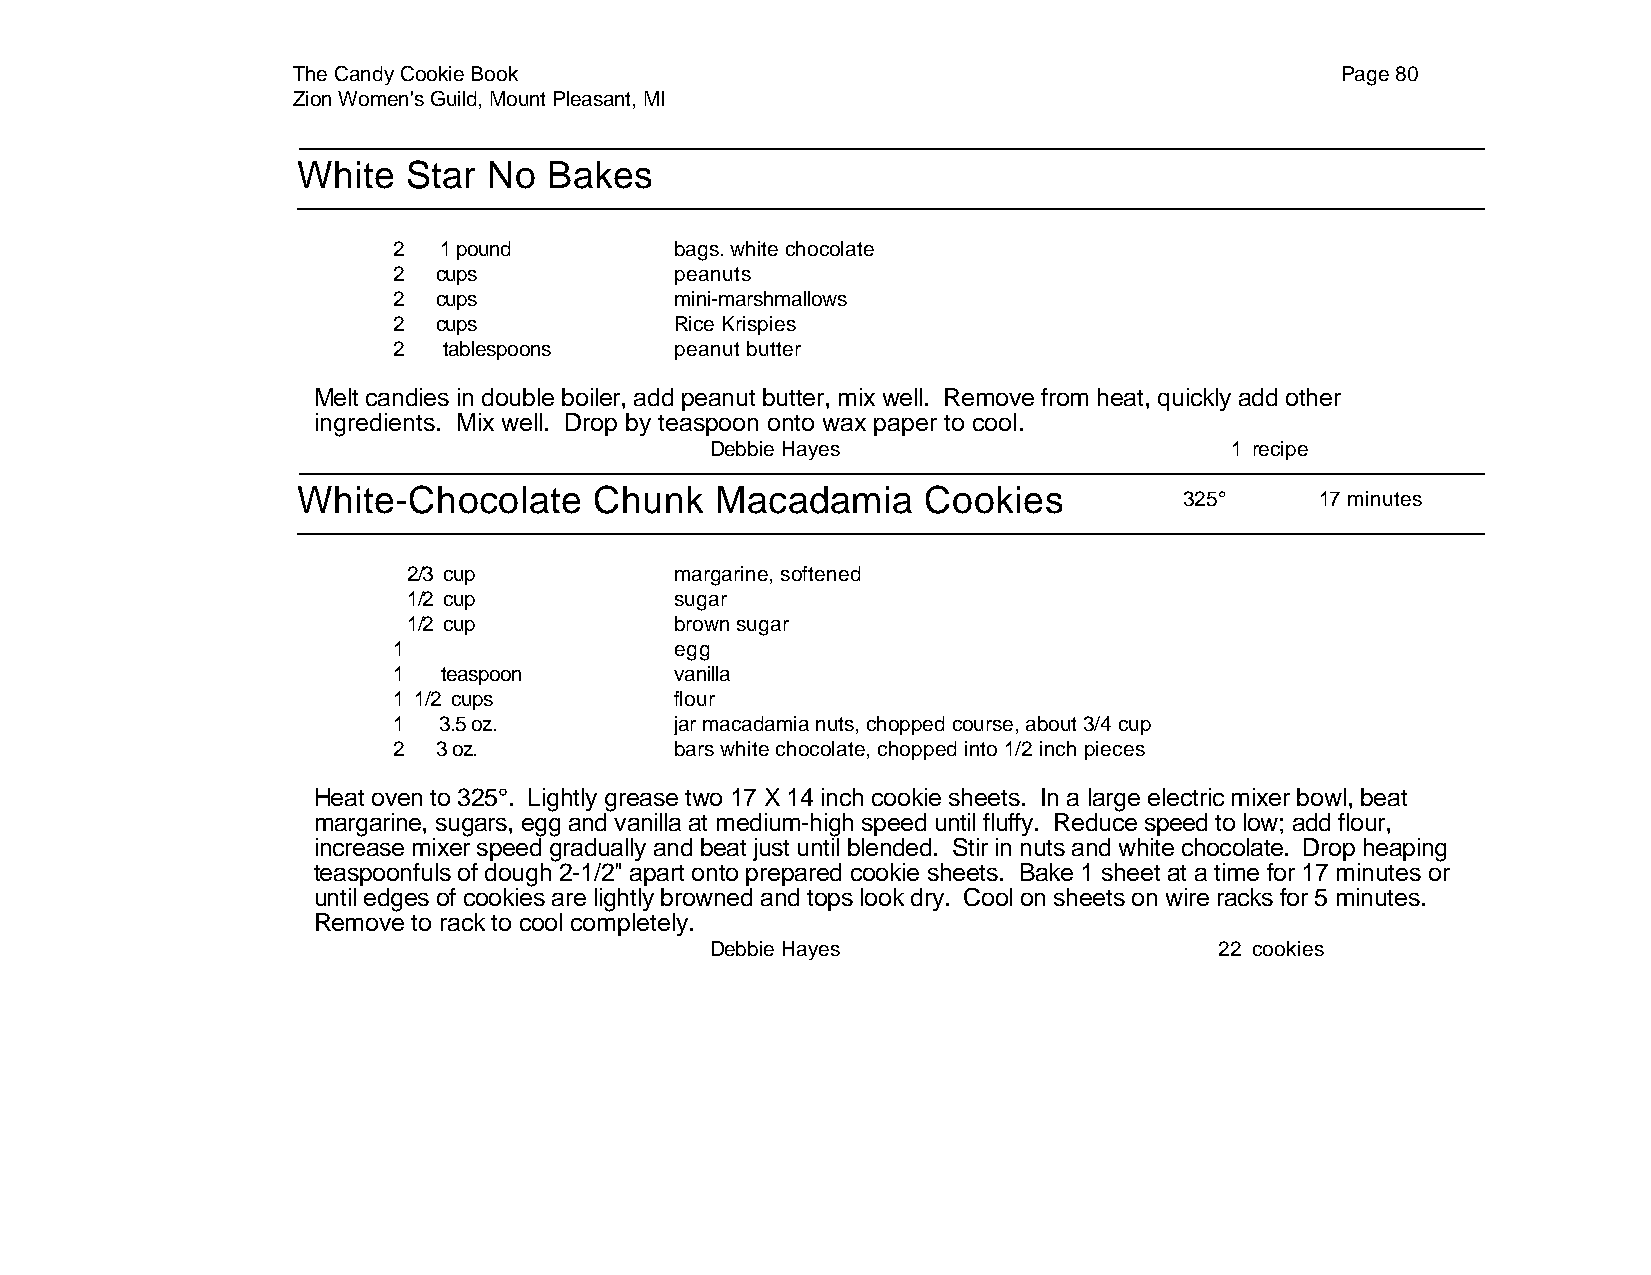
The Candy Cookie Book                                                 Page 80
 Zion Women's Guild, Mount Pleasant, MI
 White  Star No  Bakes
 2  1 pound         bags. white chocolate
 2  cups            peanuts
 2  cups            mini-marshmallows
 2  cups            Rice Krispies
 2  tablespoons     peanut butter
 Melt candies in double boiler, add peanut butter, mix well. Remove from heat, quickly add other
 ingredients. Mix well. Drop by teaspoon onto wax paper to cool.
 Debbie Hayes                      1 recipe
 White-Chocolate    Chunk   Macadamia     Cookies
 325°     17 minutes
 2/3 cup           margarine, softened
 1/2 cup           sugar
 1/2 cup           brown sugar
 1                  egg
 1  teaspoon        vanilla
 1 1/2 cups         flour
 1  3.5 oz.         jar macadamia nuts, chopped course, about 3/4 cup
 2  3 oz.           bars white chocolate, chopped into 1/2 inch pieces
 Heat oven to 325°. Lightly grease two 17 X 14 inch cookie sheets. In a large electric mixer bowl, beat
 margarine, sugars, egg and vanilla at medium-high speed until fluffy. Reduce speed to low; add flour,
 increase mixer speed gradually and beat just until blended. Stir in nuts and white chocolate. Drop heaping
 teaspoonfuls of dough 2-1/2" apart onto prepared cookie sheets. Bake 1 sheet at a time for 17 minutes or
 until edges of cookies are lightly browned and tops look dry. Cool on sheets on wire racks for 5 minutes.
 Remove to rack to cool completely.
 Debbie Hayes                      22 cookies